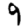
Digit: 9